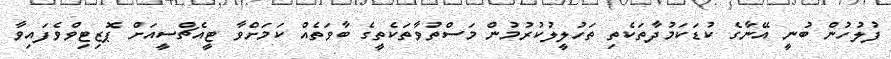
ފުލުހުން ބުނީ އޭނާގެ ކުޑަކަމުދާތަކެތި ތަހުލީލުކުރުމުން މަސްތުވާތަކެތީގެ ބާވަތެއް ކަމަށްވާ ޓީއެޗްސީއަށް ޕޮޒިޓިވްވެފައިވާ